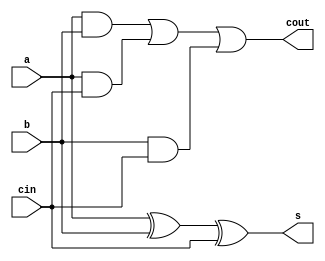
`timescale 1ns / 1ps
//////////////////////////////////////////////////////////////////////////////////
// Company: 
// Engineer: 
// 
// Design Name: 
// Module Name:    suma_3 
// Project Name: 
// Target Devices: 
// Tool versions: 
// Description: 
//
// Dependencies: 
//
// Revision: 
// Revision 0.01 - File Created
// Additional Comments: 
//
//////////////////////////////////////////////////////////////////////////////////
module suma_3(input a,b,cin, output s,cout);

assign s = a ^ b ^ cin;
assign cout = a & b | a & cin | b & cin;


endmodule